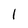
Character: 1